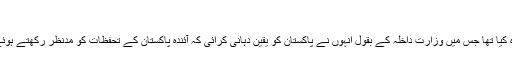
‘‘
یورپی یونین کے کمشنر برائے مائیگریشن دمیترس اوراماپولس نے گزشتہ ماہ پاکستان کا دورہ کیا تھا جس میں وزارت داخلہ کے بقول انہوں نے پاکستان کو یقین دہانی کرائی کہ آئندہ پاکستان کے تحفظات کو مدنظر رکھتے ہوئے ایک واضح طریقہ کار کے تحت یورپ سے پاکستانی تارکین وطن کو واپس بھیجا جائے گا۔